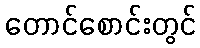
တောင်စောင်းတွင်